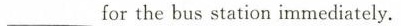
_______forthe bus station immediately.